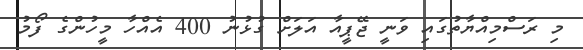
މި ރަސްމިއްޔާތުގައި ވަނީ ޖޭޕީއާ އަލަށް ގުޅުނު 400 އެއްހާ މީހުންގެ ފޯމު